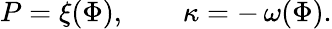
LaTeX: P=\xi(\Phi),\qquad\kappa=-\, \omega(\Phi).